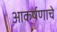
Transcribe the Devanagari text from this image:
आकर्षणाचे